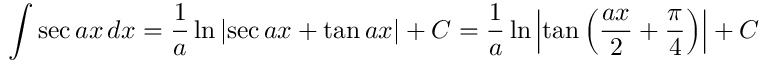
\int \sec { a x } \, d x = { \frac { 1 } { a } } \ln { \left| \sec { a x } + \tan { a x } \right| } + C = { \frac { 1 } { a } } \ln { \left| \tan { \left( { \frac { a x } { 2 } } + { \frac { \pi } { 4 } } \right) } \right| } + C